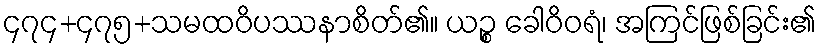
၄၇၄+၄၇၅+သမထဝိပဿနာစိတ်၏။ ယဉ္စ ခေါဝိဝရံ၊ အကြင်ဖြစ်ခြင်း၏